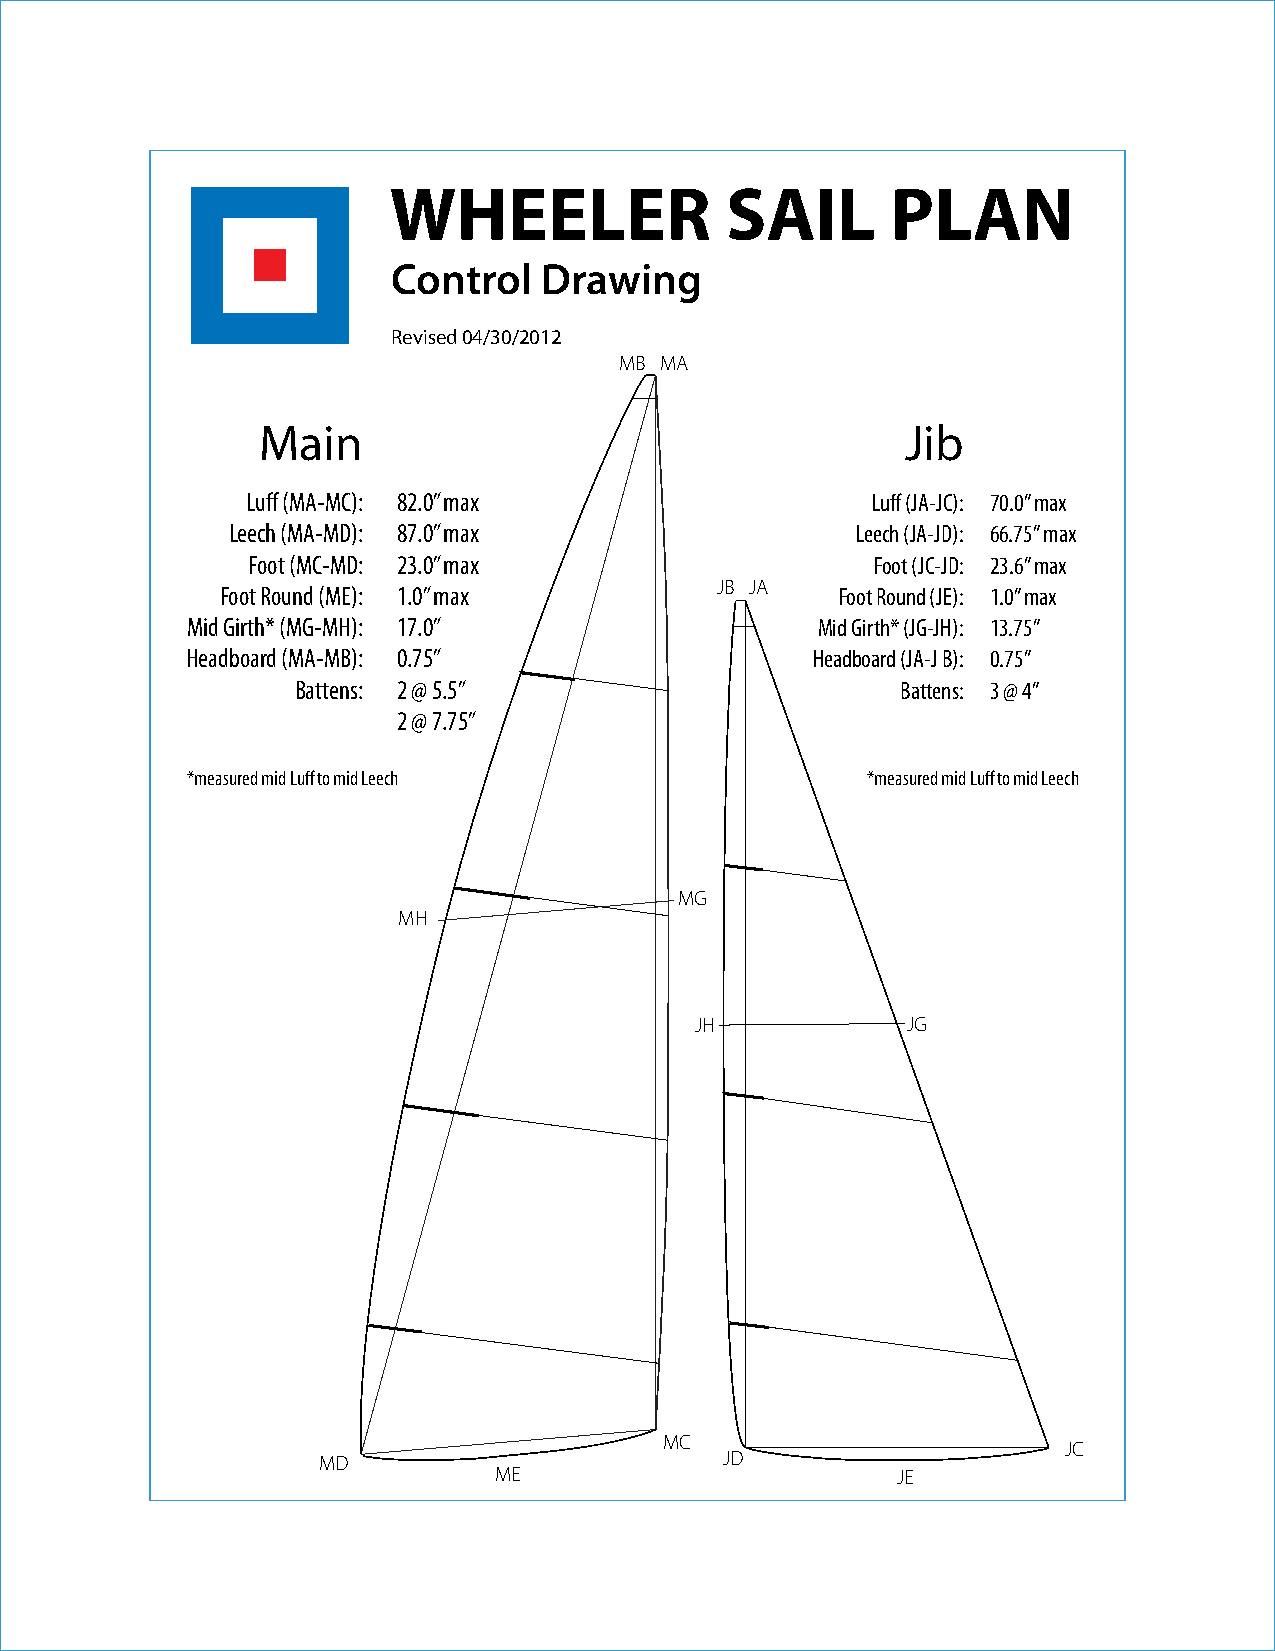
WHEELER               SAIL       PLAN
 Control   Drawing
 Revised 04/30/2012
 MB MA
 Main                                       Jib
 Luff (MA-MC): 82.0” max                   Luff (JA-JC): 70.0” max
 Leech (MA-MD): 87.0” max                  Leech (JA-JD): 66.75” max
 Foot (MC-MD: 23.0” max                    Foot (JC-JD: 23.6” max
 Foot Round (ME): 1.0” max        JB JA   Foot Round (JE): 1.0” max
 Mid Girth* (MG-MH): 17.0”                 Mid Girth* (JG-JH): 13.75”
 Headboard (MA-MB): 0.75”                  Headboard (JA-J B): 0.75”
 Battens: 2 @ 5.5”                       Battens: 3 @ 4”
 2 @ 7.75”
 *measured mid Luff to mid Leech              *measured mid Luff to mid Leech
 MG
 MH
 JH            JG
 MC
 JC
 MD                         JD
 ME                        JE